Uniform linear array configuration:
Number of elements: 4
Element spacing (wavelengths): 0.75
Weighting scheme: hamming
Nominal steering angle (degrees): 0
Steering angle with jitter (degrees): -0.1115
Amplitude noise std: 0.05
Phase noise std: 0.05

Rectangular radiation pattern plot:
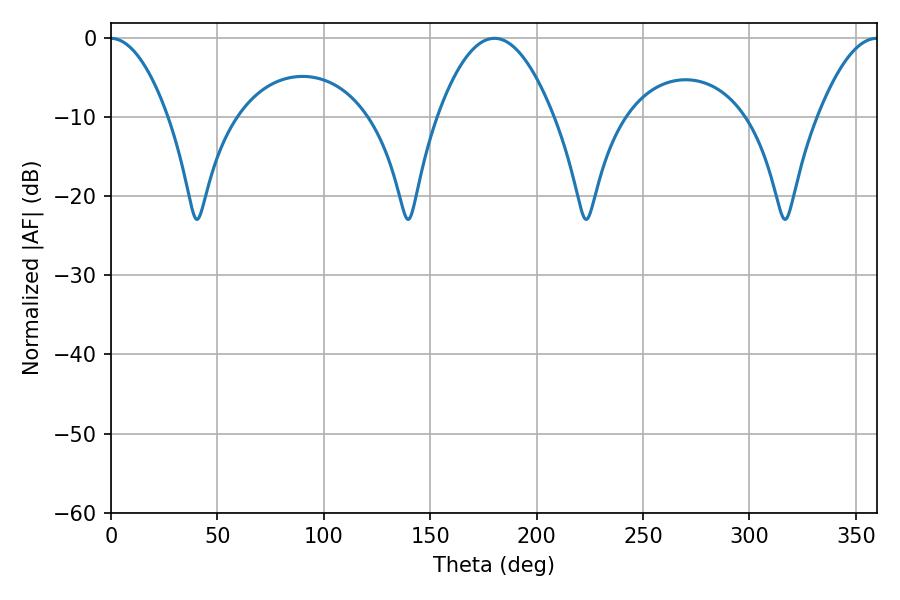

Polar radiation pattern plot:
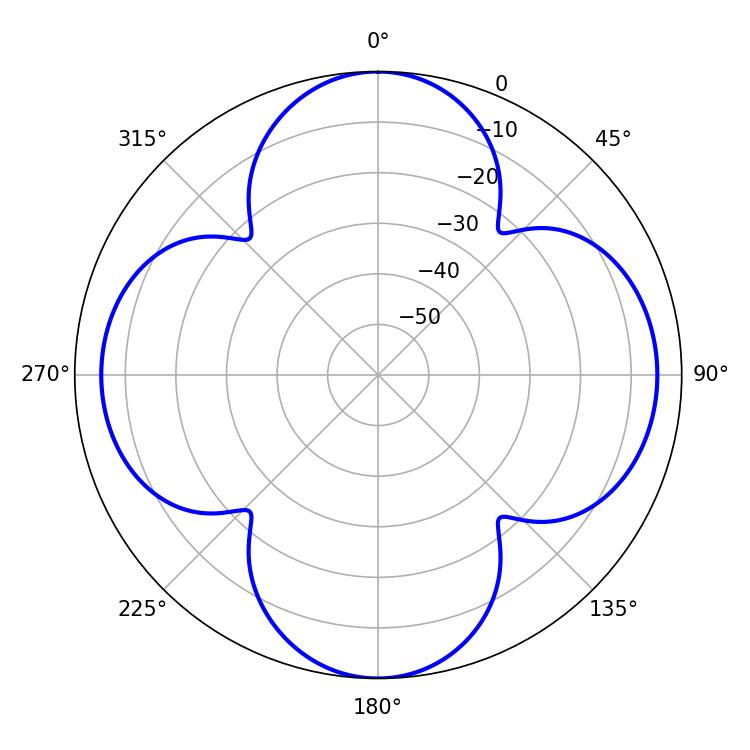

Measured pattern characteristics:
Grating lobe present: TRUE
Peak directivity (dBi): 18.66
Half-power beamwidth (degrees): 29.88
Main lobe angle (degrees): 180.18